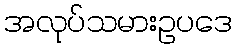
အလုပ်သမားဥပဒေ